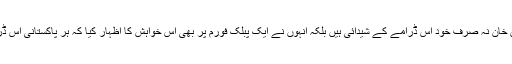
وزیراعظم عمران خان نہ صرف خود اس ڈرامے کے شیدائی ہیں بلکہ انہوں نے ایک پبلک فورم پر بھی اس خواہش کا اظہار کیا کہ ہر پاکستانی اس ڈرامے کو دیکھے۔